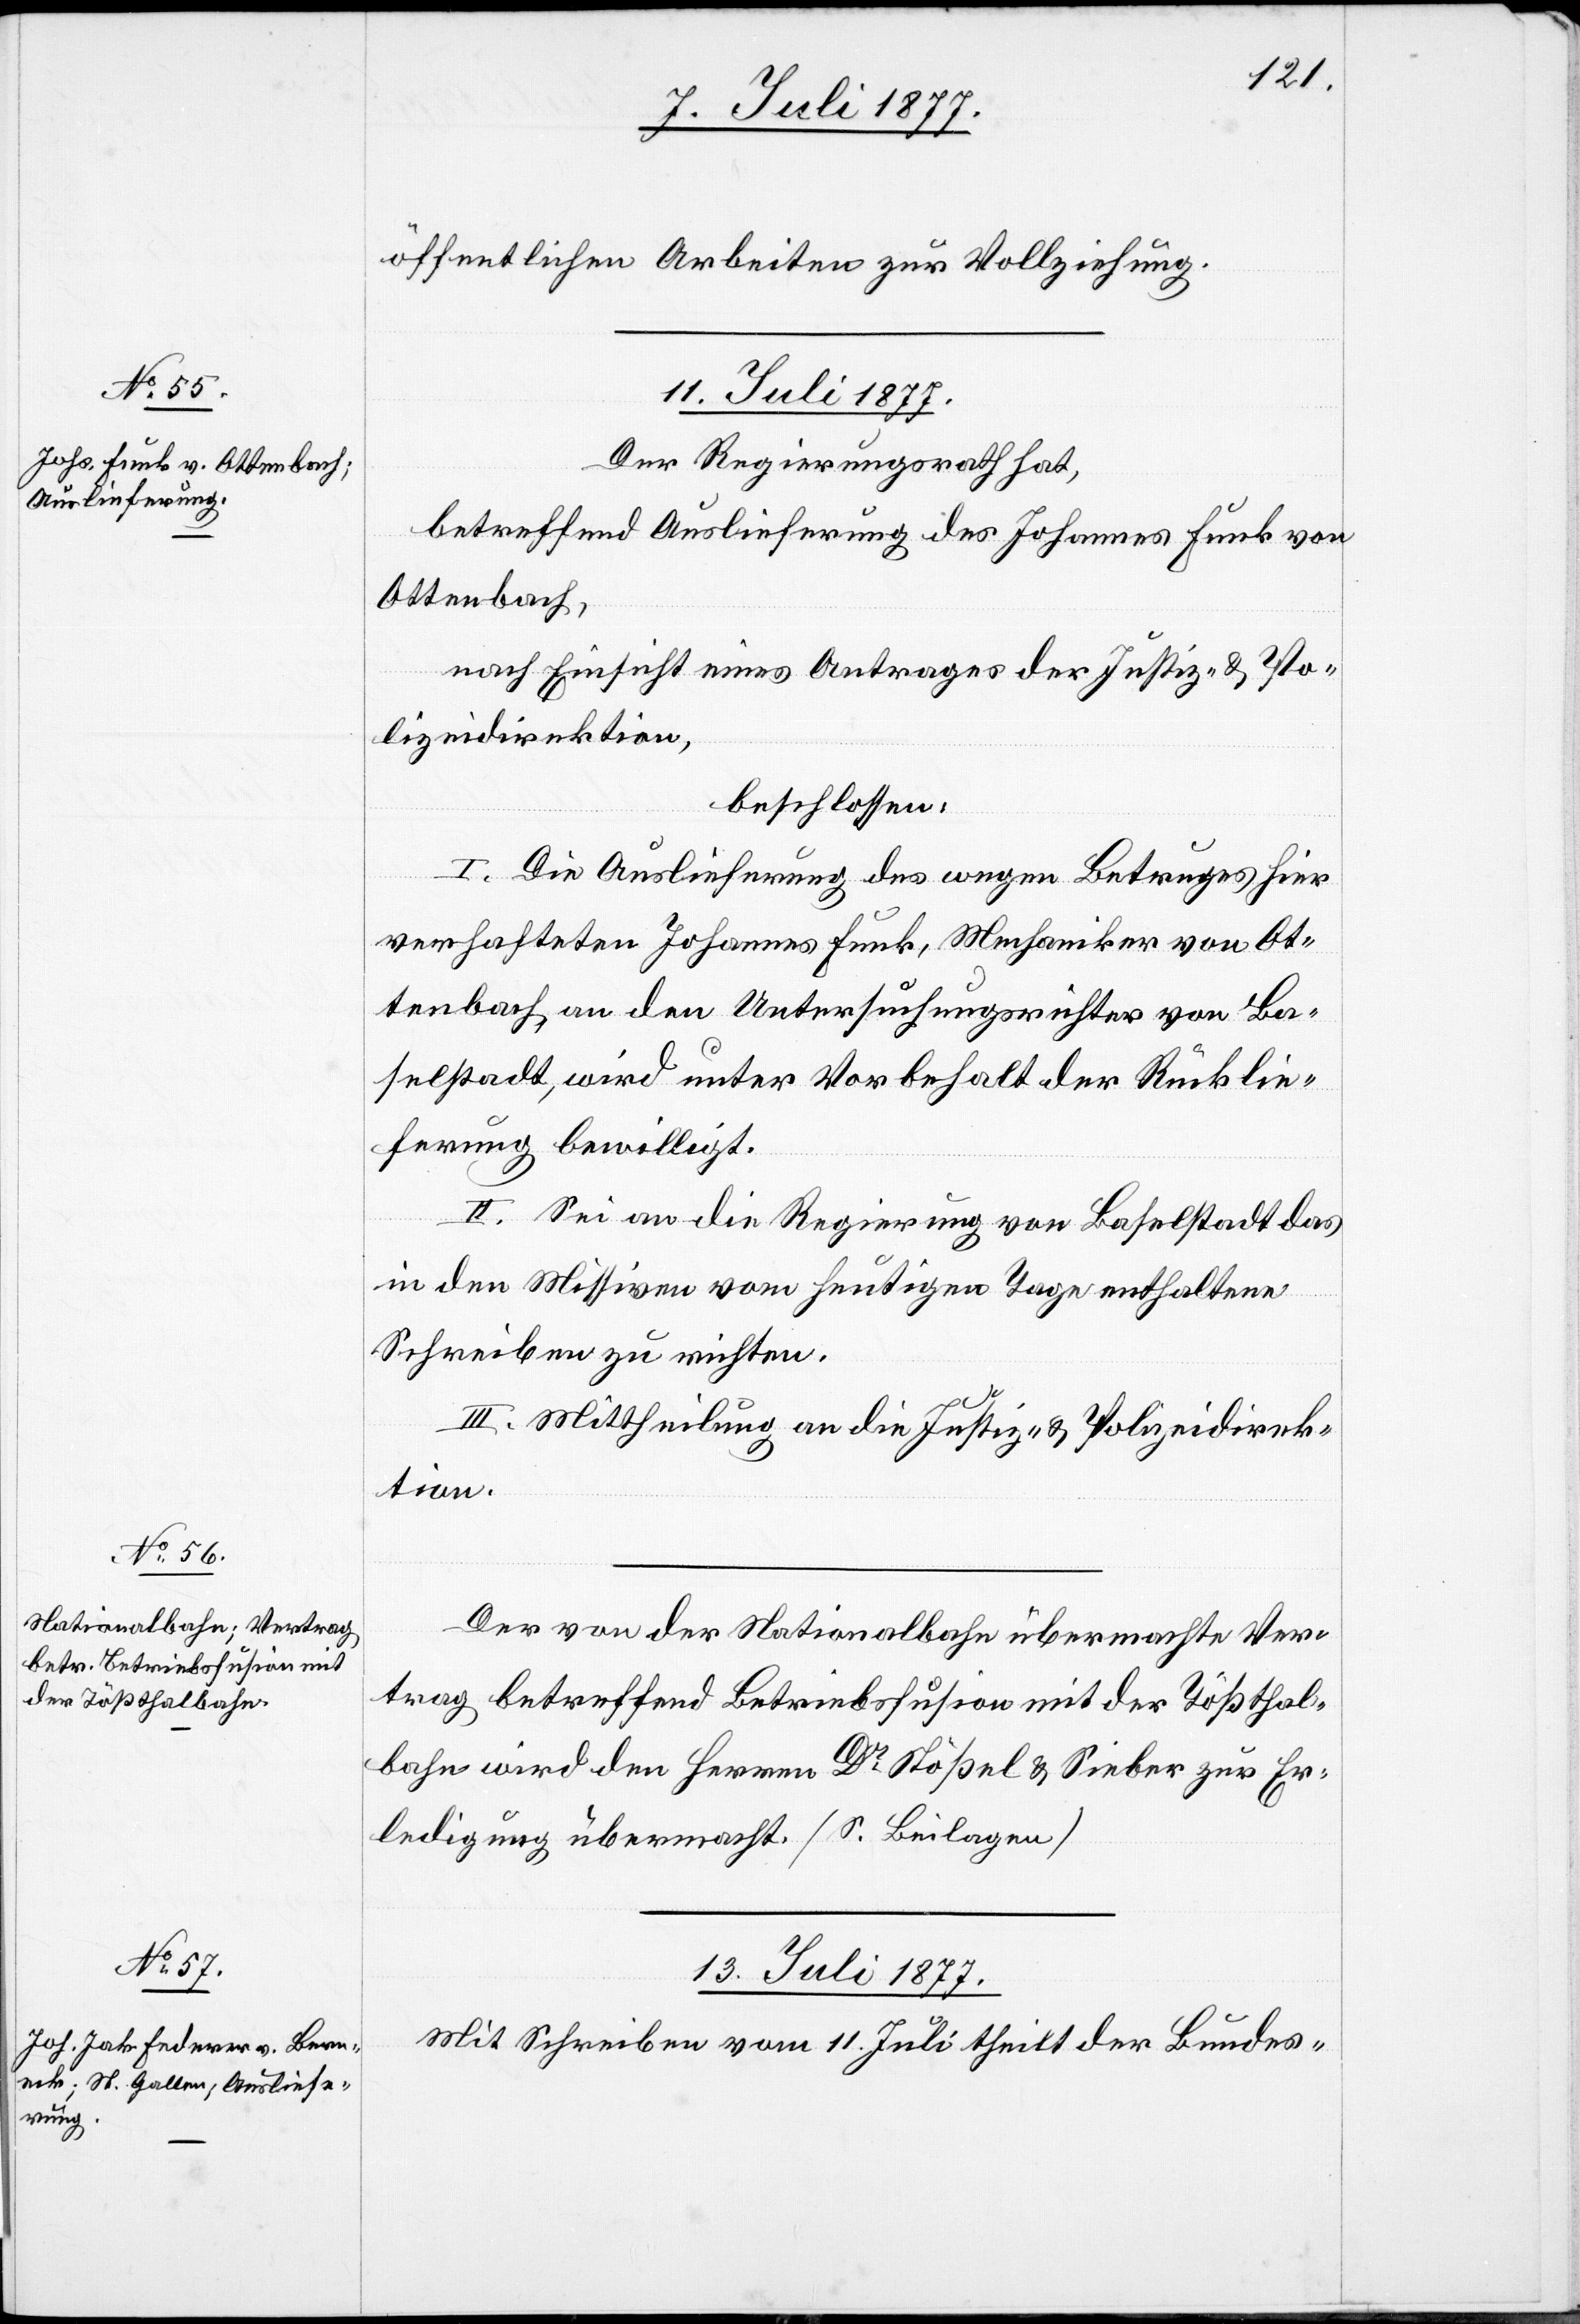
öffentlichen Arbeiten zur Vollziehung.
11. Juli 1877.]
Der Regierungsrath hat,
betreffend Auslieferung des Johannes Funk von
Ottenbach,
nach Einsicht eines Antrages der Justiz- & Po¬
lizeidirektion,
beschlossen:
I. Die Auslieferung des wegen Betruges hier
verhafteten Johannes Funk, Mechaniker von Ot¬
tenbach, an den Untersuchungsrichter von Ba¬
selstadt, wird unter Vorbehalt der Rücklie¬
ferung bewilligt.
II. Sei an die Regierung von Baselstadt das
in den Missiven vom heutigen Tage enthaltene
Schreiben zu richten.
III. Mittheilung an die Justiz- & Polizeidirek¬
tion.
Der von der Nationalbahn übermachte Ver¬
trag betreffend Betriebsfusion mit der Tößthal¬
bahn wird den Herren Dr Stößel & Sieber zur Er¬
ledigung übermacht. (S. Beilagen)
13. Juli 1877.
Mit Schreiben vom 11. Juli theilt der Bundes-